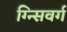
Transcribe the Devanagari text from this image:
ग्न्सिवर्ग